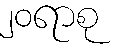
၂၀ရာစု